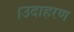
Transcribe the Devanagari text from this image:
।उदाहरण